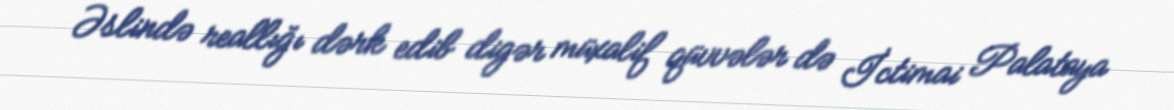
Əslində reallığı dərk edib digər müxalif qüvvələr də İctimai Palataya